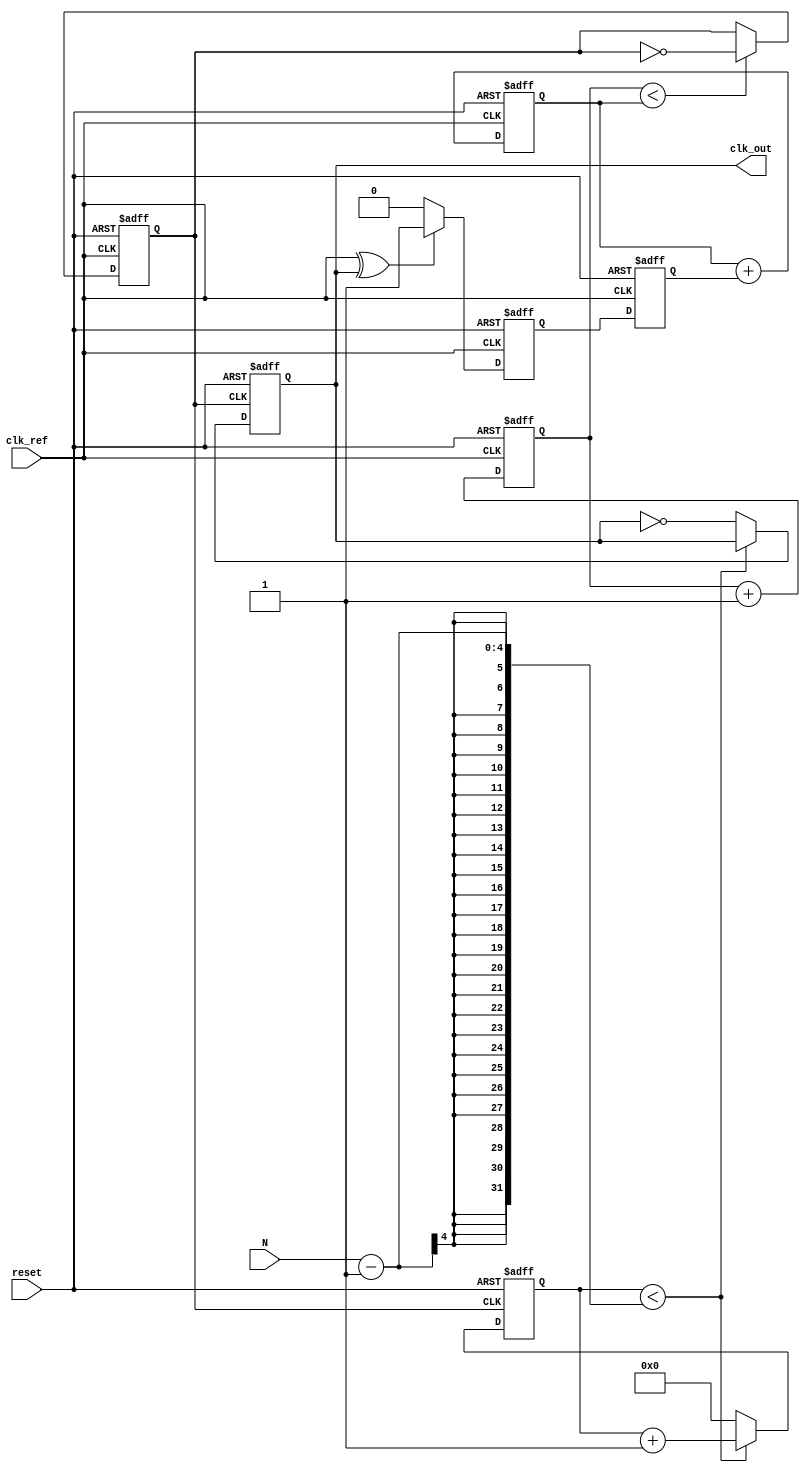
module IntegerN_PLL (
    input wire clk_ref,       // Reference clock input
    input wire reset,         // Reset signal
    input wire [3:0] N,       // Integer division factor
    output reg clk_out        // Output clock signal
);

// Phase Detector (PD)
reg pd_out;                 // Output of the phase detector
reg [1:0] phase_error;      // Phase error representation

always @(posedge clk_ref or posedge reset) begin
    if (reset) begin
        pd_out <= 0;
        phase_error <= 0;
    end else begin
        // Simple phase detector logic (example: XOR for phase comparison)
        phase_error <= (clk_ref ^ clk_out) ? 2'b01 : 2'b00; // Example phase error logic
        pd_out <= phase_error[0]; // Generate pulse based on phase error
    end
end

// Loop Filter (LF)
reg [7:0] control_voltage;  // Control voltage for VCO

always @(posedge clk_ref or posedge reset) begin
    if (reset) begin
        control_voltage <= 0;
    end else begin
        // Simple loop filter (integrator for demonstration)
        control_voltage <= control_voltage + pd_out; // Integrate phase error
    end
end

// Voltage-Controlled Oscillator (VCO)
reg [3:0] vco_count;        // VCO counter
reg vco_clk;                // VCO clock output

always @(posedge clk_ref or posedge reset) begin
    if (reset) begin
        vco_count <= 0;
        vco_clk <= 0;
    end else begin
        // VCO frequency control based on control voltage
        if (vco_count < control_voltage) begin
            vco_clk <= ~vco_clk; // Toggle VCO clock based on control voltage
        end
        vco_count <= vco_count + 1;
    end
end

// Frequency Divider
reg [3:0] divider_count;    // Divider counter

always @(posedge vco_clk or posedge reset) begin
    if (reset) begin
        divider_count <= 0;
        clk_out <= 0;
    end else begin
        if (divider_count < N - 1) begin
            divider_count <= divider_count + 1;
        end else begin
            clk_out <= ~clk_out; // Toggle output clock
            divider_count <= 0;   // Reset divider count
        end
    end
end

endmodule